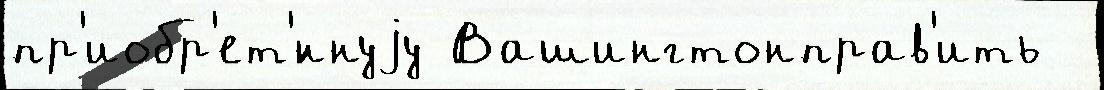
пр'иобр'ет'́ннуjу Вашингтонправ'ить